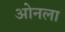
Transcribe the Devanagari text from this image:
ओनला